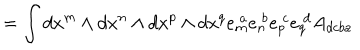
LaTeX: = \int d x ^ { m } \wedge d x ^ { n } \wedge d x ^ { p } \wedge d x ^ { q } e _ { m } ^ { \ a } e _ { n } ^ { \ b } e _ { p } ^ { \ c } e _ { q } ^ { \ d } A _ { d c b a }